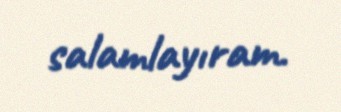
salamlayıram.